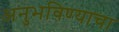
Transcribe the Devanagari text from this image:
अनुभविण्याचा